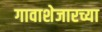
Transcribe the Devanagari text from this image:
गावाशेजारच्या